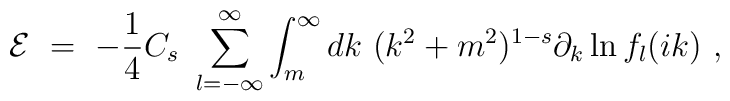
{\cal E} \ =\ -\frac 14 C_s\ \sum^\infty_{l=-\infty}\int^\infty_m dk\ (k^2+m^2)^{1-s} \partial_k \ln f_l(ik)\ ,